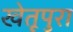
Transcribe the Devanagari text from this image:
खेतूपुरा